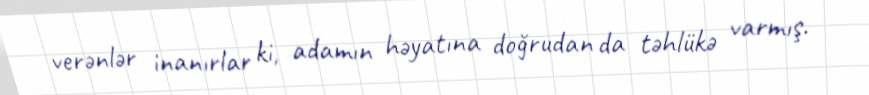
verənlər inanırlar ki, adamın həyatına doğrudan da təhlükə varmış.